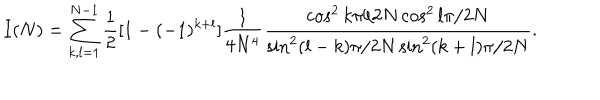
I ( N ) = \sum _ { k , l = 1 } ^ { N - 1 } \frac { 1 } { 2 } [ 1 - ( - 1 ) ^ { k + l } ] \frac { 1 } { 4 N ^ { 4 } } \frac { \cos ^ { 2 } k \pi / 2 N \cos ^ { 2 } l \pi / 2 N } { \sin ^ { 2 } ( l - k ) \pi / 2 N \sin ^ { 2 } ( k + l ) \pi / 2 N } .